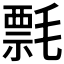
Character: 𰚯